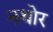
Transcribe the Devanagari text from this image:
नथोर